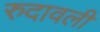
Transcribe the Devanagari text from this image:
रुदावली